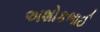
અશોકભાઈ